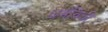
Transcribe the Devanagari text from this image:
धर्मविधी